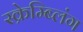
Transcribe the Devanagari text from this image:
स्क्रेम्ब्लिंग